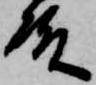
殿